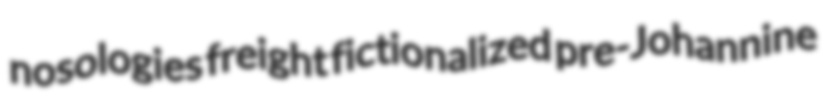
nosologies freight fictionalized pre-Johannine